Language: tamil
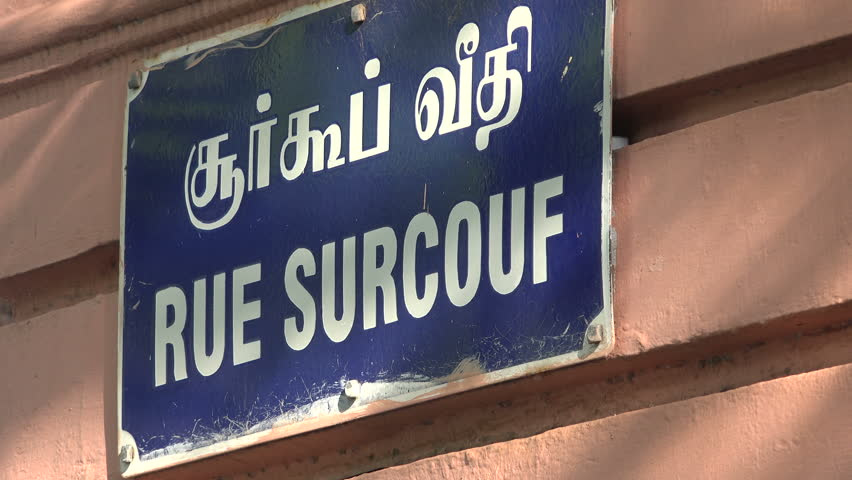
Transcription: குா்கூப் வீதி